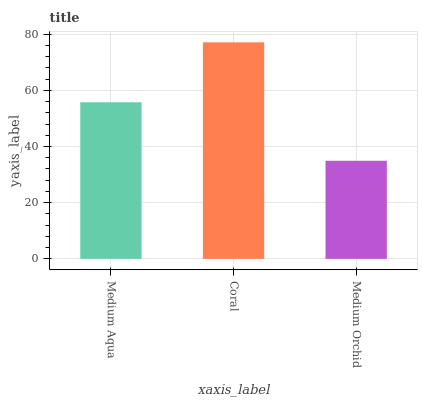
| xaxis_label | bars |
 | --- | --- |
 | Medium Aqua | 55.7 |
 | Coral | 77.1 |
 | Medium Orchid | 34.9 |